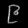
Digit: ၉